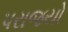
પરાજયો